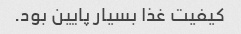
کیفیت غذا بسیار پایین بود.